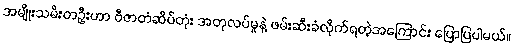
အမျိုးသမီးတဦးဟာ ဗီဇာတံဆိပ်တုံး အတုလပ်မှုနဲ့ ဖမ်းဆီးခံလိုက်ရတဲ့အကြောင်း ပြောပြပါမယ်။